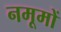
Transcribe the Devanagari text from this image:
नमूमों